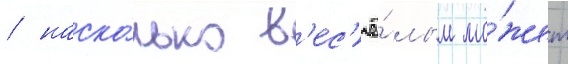
/ наско́лько в'ес'ё́лым мо́жет